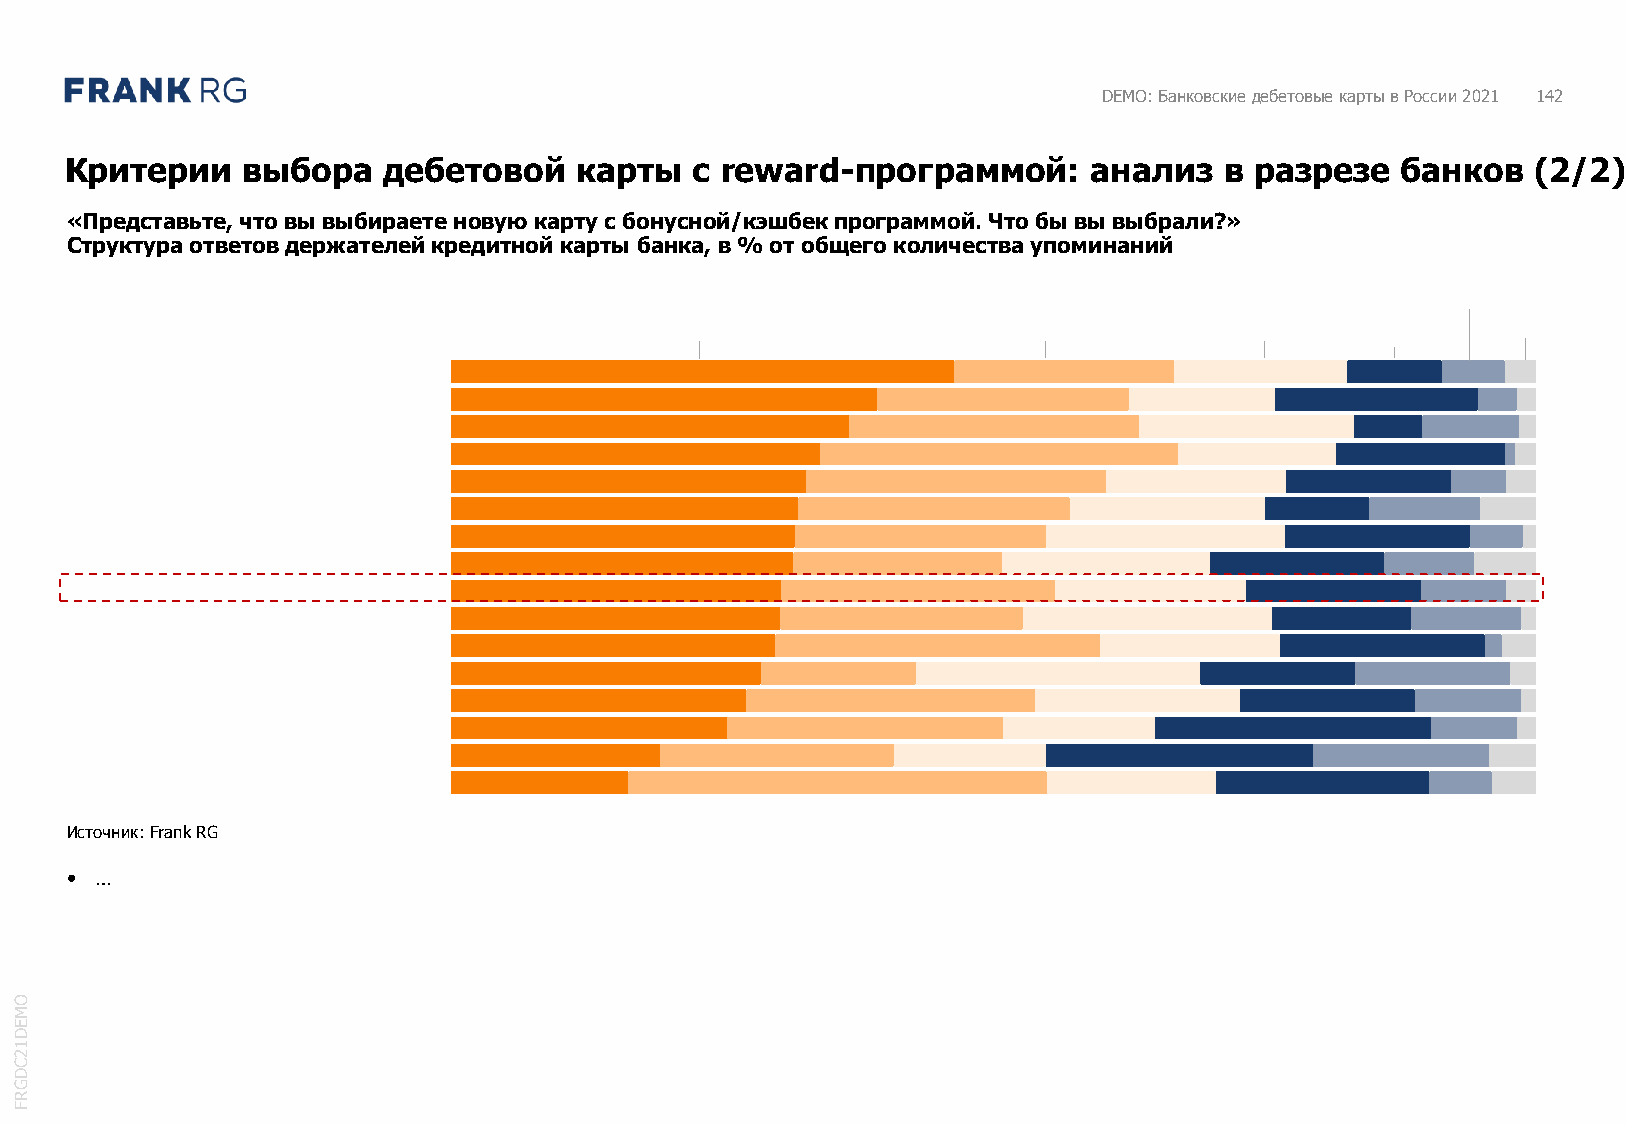
DEMO: Банковские дебетовые карты в России 2021 142
 Критерии    выбора   дебетовой    карты   с reward-программой:      анализ   в разрезе   банков  (2/2)
 «Представьте, что вы выбираете новую карту с бонусной/кэшбек программой. Что бы вы выбрали?»
 Структура ответов держателей кредитной карты банка, в % от общего количества упоминаний
 Источник: FrankRG
 • …
 O
 M
 E
 D
 1
 2
 C
 D
 G
 R
 F